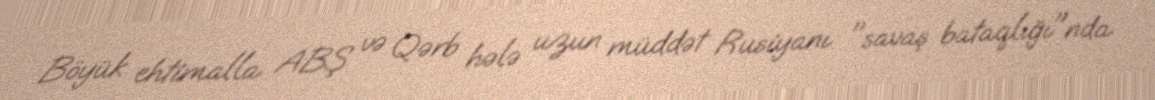
Böyük ehtimalla ABŞ və Qərb hələ uzun müddət Rusiyanı "savaş bataqlığı"nda